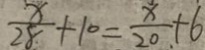
\frac { x } { 2 8 } + 1 0 = \frac { x } { 2 0 . } + 6